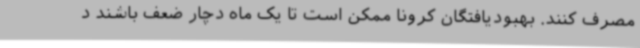
مصرف کنند. بهبودیافتگان کرونا ممکن است تا یک ماه دچار ضعف باشند د